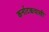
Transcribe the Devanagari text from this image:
कर्नाटकवासी